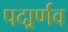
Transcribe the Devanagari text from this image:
पदार्र्णव